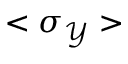
< \sigma _ { \mathcal { Y } } >